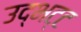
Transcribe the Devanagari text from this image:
उद्भट्ट